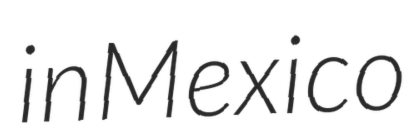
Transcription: in Mexico